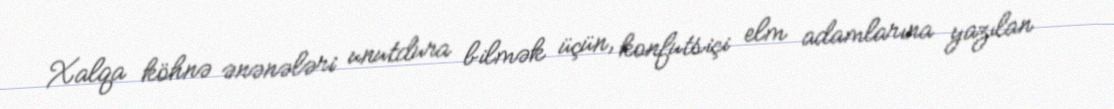
Xalqa köhnə ənənələri unutdura bilmək üçün, konfutsiçi elm adamlarına yazılan